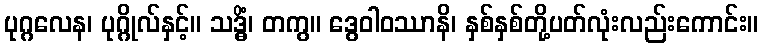
ပုဂ္ဂလေန၊ ပုဂ္ဂိုလ်နှင့်။ သဒ္ဓိံ၊ တကွ။ ဒွေဝါဝဿာနိ၊ နှစ်နှစ်တို့ပတ်လုံးလည်းကောင်း။